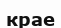
крае